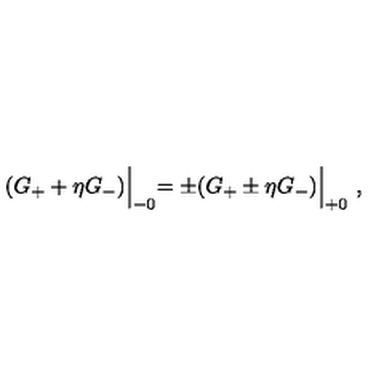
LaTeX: ( G _ { + } + \eta G _ { - } ) \Bigl \vert _ { - 0 } = \pm ( G _ { + } \pm \eta G _ { - } ) \Bigl \vert _ { + 0 } \ ,